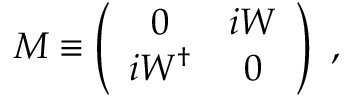
M \equiv \left( \begin{array} { c c } { { 0 } } & { { i W } } \\ { { i W ^ { \dagger } } } & { { 0 } } \end{array} \right) \ ,